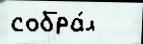
собра́л